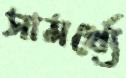
সামর্থ্যে